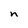
Character: n